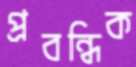
প্রবন্ধিক